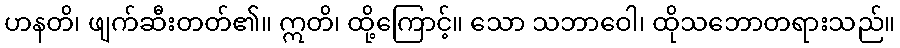
ဟနတိ၊ ဖျက်ဆီးတတ်၏။ ဣတိ၊ ထို့ကြောင့်။ သော သဘာဝေါ၊ ထိုသဘောတရားသည်။